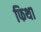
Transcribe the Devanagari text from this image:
फिथा